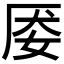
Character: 𰋽